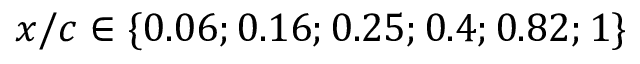
x / c \in \{ 0 . 0 6 ; 0 . 1 6 ; 0 . 2 5 ; 0 . 4 ; 0 . 8 2 ; 1 \}